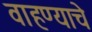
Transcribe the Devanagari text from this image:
वाहण्याचे